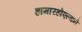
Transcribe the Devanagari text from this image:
हामारहोएल्डने